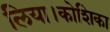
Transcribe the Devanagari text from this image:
लिया।कोशिका